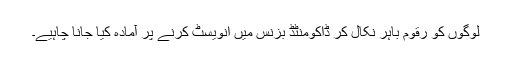
لوگوں کو رقوم باہر نکال کر ڈاکومنٹڈ بزنس میں انویسٹ کرنے پر آمادہ کیا جانا چاہیے۔